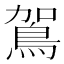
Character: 鴐